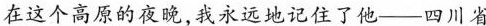
在这个高原的夜晚，我永远地记住了他—四川省